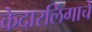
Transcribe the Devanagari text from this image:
केदारलिंगाचे